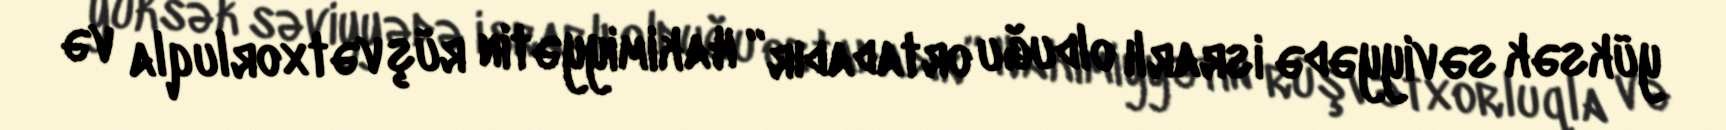
yüksək səviyyədə israrlı olduğu ortadadır” Hakimiyyətin rüşvətxorluqla və